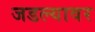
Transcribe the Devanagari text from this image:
जडल्यावर